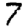
Digit: 7